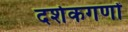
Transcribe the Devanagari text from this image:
दर्शकगणों